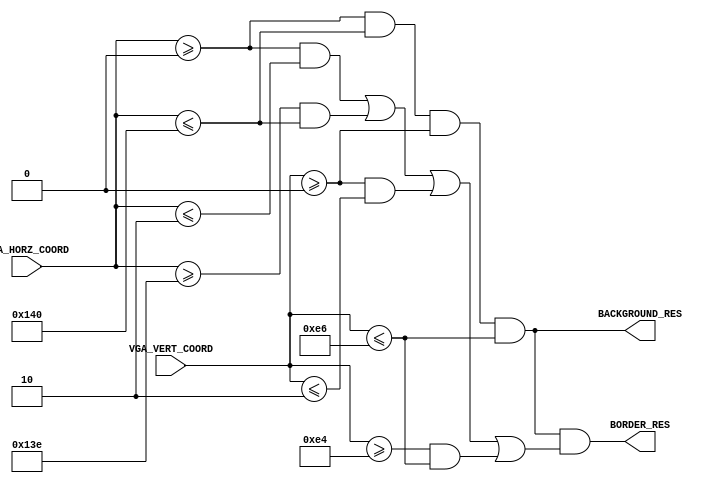
`timescale 1ns / 1ps
//////////////////////////////////////////////////////////////////////////////////
// Company: 
// Engineer: 
// 
// Design Name: 
// Module Name: Draw_Menu_Background
// Project Name: 
// Target Devices: 
// Tool Versions: 
// Description: 
// 
// Dependencies: 
// 
// Revision:
// Revision 0.01 - File Created
// Additional Comments:
// 
//////////////////////////////////////////////////////////////////////////////////

module Draw_Menu_Background(
    input [11:0] VGA_HORZ_COORD,
    input [11:0] VGA_VERT_COORD,
    
    output BACKGROUND_RES,
    output BORDER_RES
    );
    
    parameter MENU_WINDOW_LEN = 320;
    parameter MENU_WINDOW_WIDTH = 230;
    
    parameter MENU_BACKGROUND_LEFT = 0;
    parameter MENU_BACKGROUND_RIGHT = MENU_BACKGROUND_LEFT + MENU_WINDOW_LEN;
    parameter MENU_BACKGROUND_TOP = 0;
    parameter MENU_BACKGROUND_BOTTOM = MENU_BACKGROUND_TOP + MENU_WINDOW_WIDTH;
    
    parameter MENU_BORDER_WIDTH = 2;
    
    // Menu background
    assign BACKGROUND_RES = (VGA_HORZ_COORD >= MENU_BACKGROUND_LEFT) && (VGA_HORZ_COORD <= MENU_BACKGROUND_RIGHT)
        && (VGA_VERT_COORD >= MENU_BACKGROUND_TOP) && (VGA_VERT_COORD <= MENU_BACKGROUND_BOTTOM);
    
    wire border_left = (VGA_HORZ_COORD >= MENU_BACKGROUND_LEFT) && 
        (VGA_HORZ_COORD <= (MENU_BACKGROUND_LEFT + MENU_BORDER_WIDTH));
    wire border_right = (VGA_HORZ_COORD >= (MENU_BACKGROUND_RIGHT - MENU_BORDER_WIDTH))
        && (VGA_HORZ_COORD <= MENU_BACKGROUND_RIGHT);
    wire border_top = (VGA_VERT_COORD >= MENU_BACKGROUND_TOP) && 
        (VGA_VERT_COORD <= (MENU_BACKGROUND_TOP + MENU_BORDER_WIDTH));
    wire border_bottom = (VGA_VERT_COORD >= (MENU_BACKGROUND_BOTTOM - MENU_BORDER_WIDTH))
        && (VGA_VERT_COORD <= MENU_BACKGROUND_BOTTOM);
        
    // Menu border
    assign BORDER_RES = BACKGROUND_RES && (border_left || border_right || border_top || border_bottom);
    
endmodule